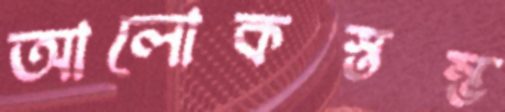
আলোকস্তম্ভ